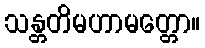
သန္တတိမဟာမတ္တော။